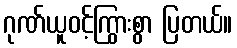
ဂုဏ်ယူဝင့်ကြွားစွာ ပြတယ်။